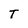
Character: T